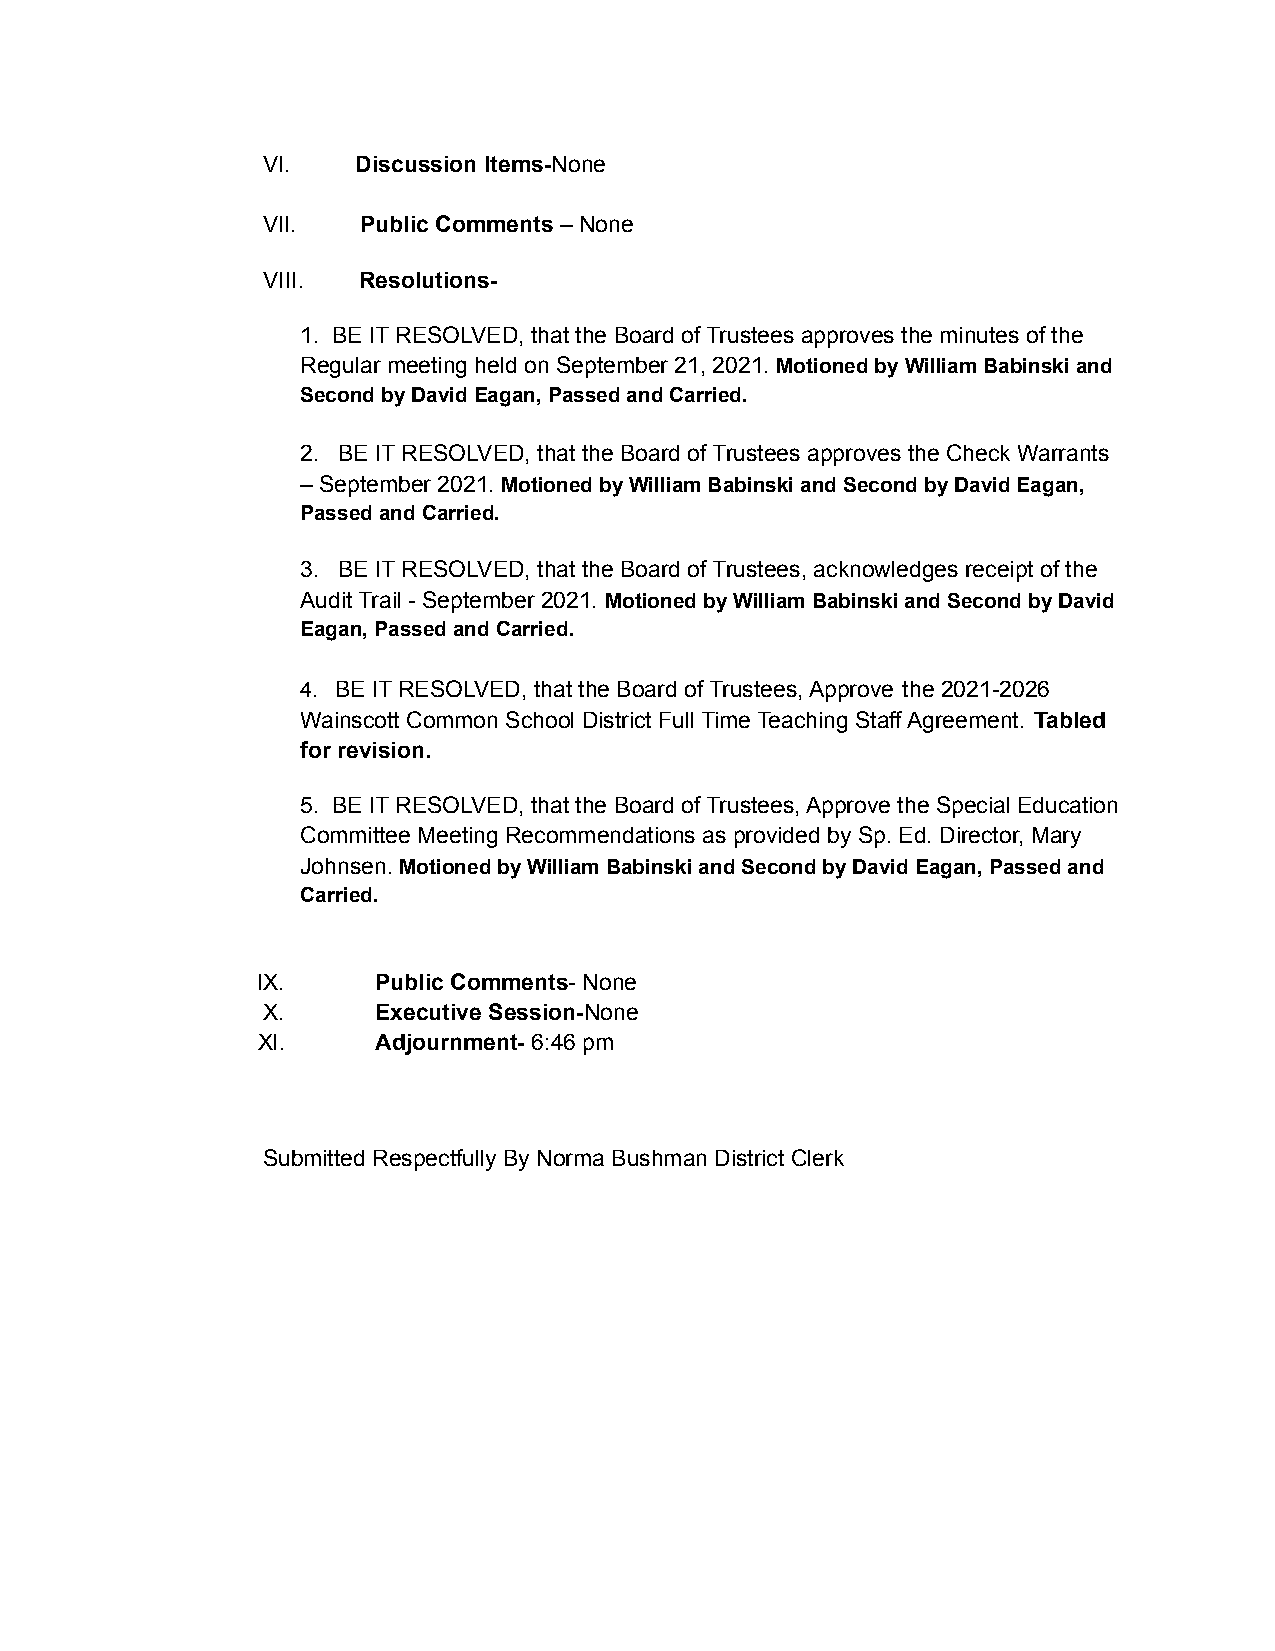
VI.    Discussion Items-None
 VII.   Public Comments – None
 VIII.  Resolutions-
 1. BE IT RESOLVED, that the Board of Trustees approves the minutes of the
 Regular meeting held on September 21, 2021. Motionedby William Babinski and
 Second by David Eagan, Passed and Carried.
 2. BE IT RESOLVED, that the Board of Trustees approves the Check Warrants
 – September 2021.Motioned by William Babinski andSecond by David Eagan,
 Passed and Carried.
 3. BE IT RESOLVED, that the Board of Trustees, acknowledges receipt of the
 Audit Trail - September 2021. Motioned by WilliamBabinski and Second by David
 Eagan, Passed and Carried.
 4. BE IT RESOLVED, that the Board of Trustees, Approve the 2021-2026
 Wainscott Common School District Full Time Teaching Staff Agreement. Tabled
 for revision.
 5. BE IT RESOLVED, that the Board of Trustees, Approve the Special Education
 Committee Meeting Recommendations as provided by Sp. Ed. Director, Mary
 Johnsen.Motioned by William Babinski and Second byDavid Eagan, Passed and
 Carried.
 IX.     Public Comments- None
 X.      Executive Session-None
 Xl.     Adjournment- 6:46 pm
 Submitted Respectfully By Norma Bushman District Clerk